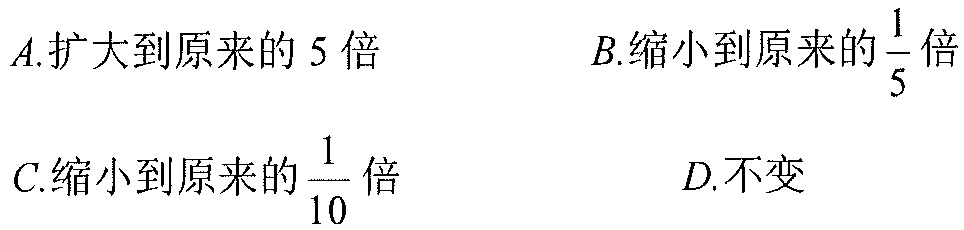
\(A.\)扩大到原来的 \(5\) 倍\(\ \ \ \ \ \ \ \ \ \ \ \ \ \ \ \ B.\)缩小到原来的\(\frac{1}{5}\)倍
\(C.\)缩小到原来的\(\frac{1}{10}\)倍\(\ \ \ \ \ \ \ \ \ \ \ \ \ \ \ \ D.\)不变